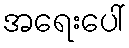
အရေးပေါ်